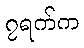
၇ရက်က